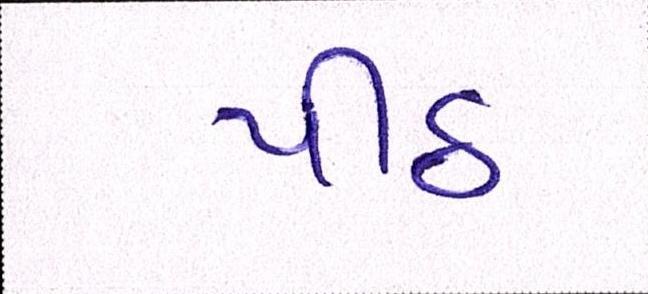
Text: પીઠ